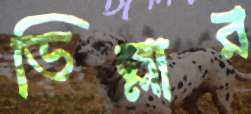
ভিল্লার